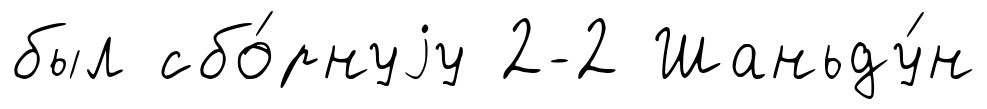
был сбо́рнуjу 2-2 Шаньду́н